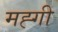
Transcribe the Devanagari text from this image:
मह्गी